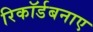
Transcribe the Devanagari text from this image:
रिकॉर्डबनाए